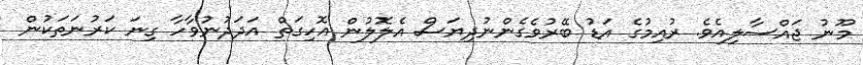
މޫނު ޖައްސާލިއެވެ. ރުއިމުގެ އަޑު ބޭރުވެގެންނުދިޔަސް އެލޮލުން އޮހިގަތް އަދަދުނުވާހާ ގިނަ ކަރުނަތަކުން